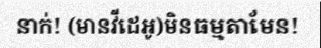
នាក់! (មានវីដេអូ)មិនធម្មតាមែន!